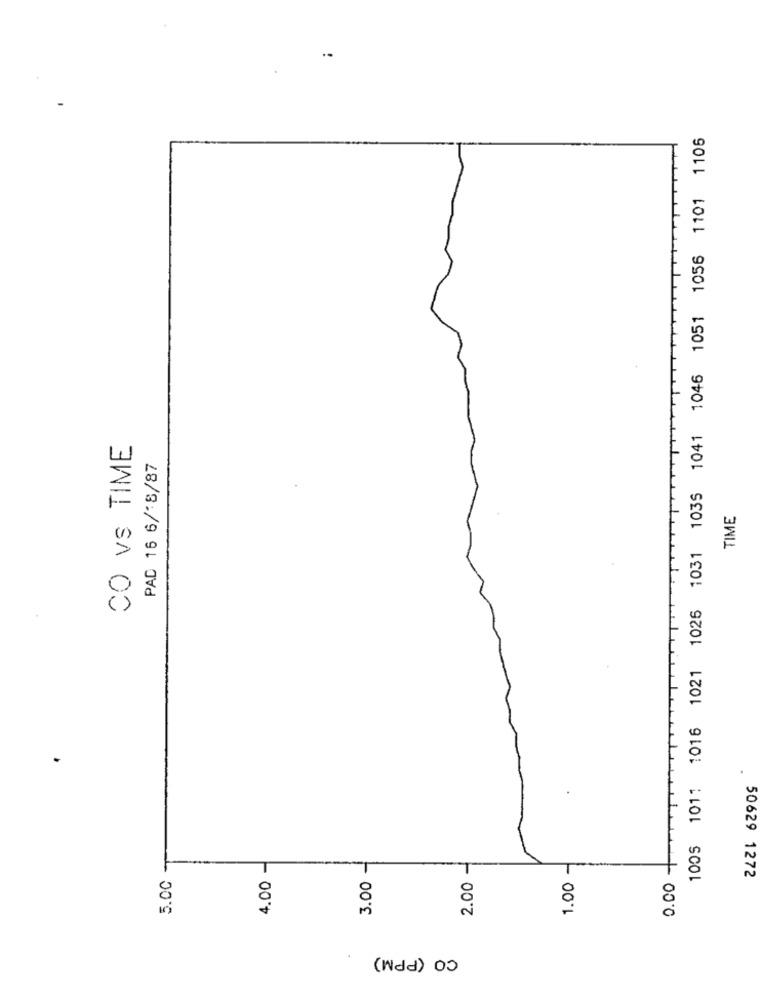
1005 1011 1016 1021 1026 1031 1035 1041 1046 1051 1056 1101 1106
CO vs TIME
PAD 16 6/8/87
TIME
2.00 -
1.00 -
5.00
4.00
50629 1272
3.00
0.00
CO (PPM)